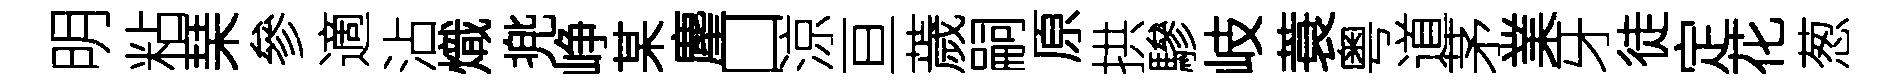
明粘琹參適沾熾兠峥某麈口涼亘薉嗣原拱驂岐蓑粤道茅業牙徒定花葱